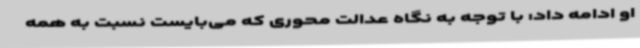
او ادامه داد: با توجه به نگاه عدالت محوری که می‌بایست نسبت به همه